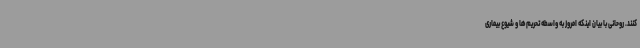
کنند. روحانی با بیان اینکه امروز به واسطه تحریم‌ها و شیوع بیماری